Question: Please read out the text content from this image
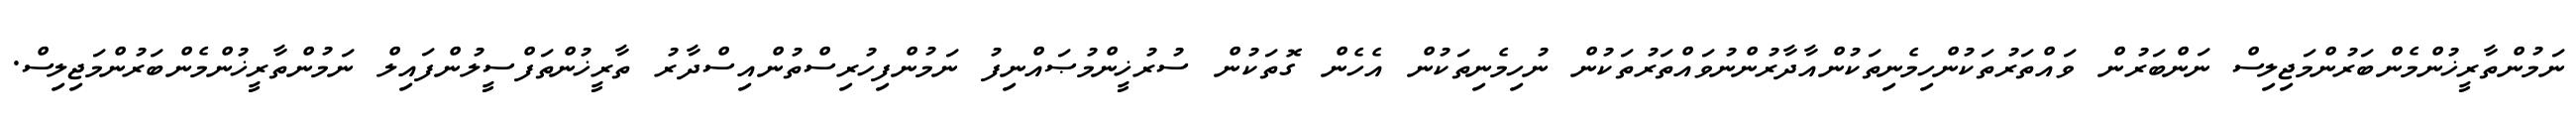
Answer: ނަމުންތާރީޚުންމެންބަރުންމަޖިލިސް ނަންބަރުން ވައްތަރުތަކުންހިމެނިތަކުންއާދާރުންނުވައްތަރުތަކުން ނުހިމެނިތަކުން އެހެން ގޮތަކުން ސުރުޚީންމުޞައްނިފު ނަމުންފިހުރިސްތުންއިސްދާރު ތާރީޚުންތަފްސީލުންފައިލް ނަމުންތާރީޚުންމެންބަރުންމަޖިލިސް.